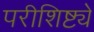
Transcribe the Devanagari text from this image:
परीशिष्ट्ये